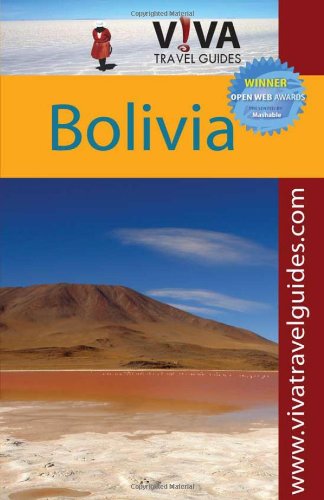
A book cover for VIVA Travel Guides Bolivia; Paula Newton; Travel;